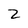
Character: 2